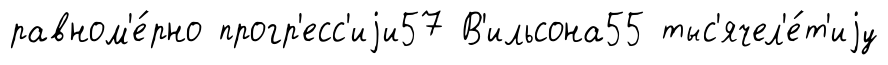
равном'е́рно прогр'есс'иjи57 В'ильсона55 тыс'ячел'е́т'иjу